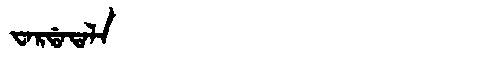
Manchu: ᠸᠠᡵᡩᠠᡨᠠᠯᠠ
Romanization: WARDATALA